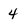
Character: 4